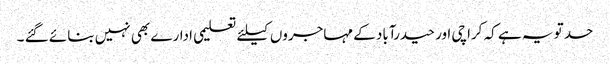
حد تو یہ ہے کہ کراچی اور حیدرآباد کے مہاجروں کیلئے تعلیمی ادارے بھی نہیں بنائے گئے ۔